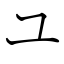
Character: ユ